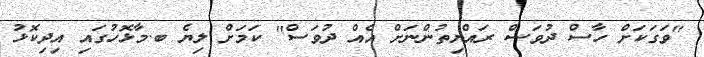
"ވަގަކަށް ހާސް ދުވަސް ރައްޔިތުންނަށް އެއް ދުވަސް" ކަމަށް ލިޔެ ބ.މާޅޮހުގައި އިދިކޮޅު